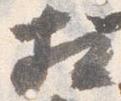
相